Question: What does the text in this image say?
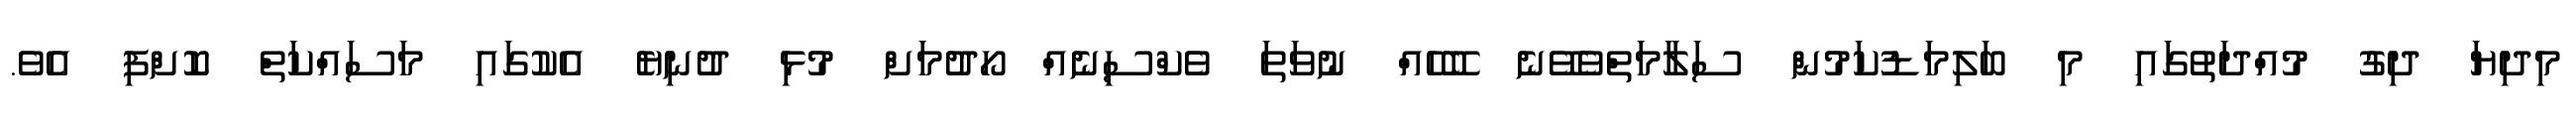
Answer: މިދިޔަ ދިގު މުއްދަތުގައި މި ބަލިމަޑުކަމުން ސަލާމަތްވެވޭނެ ބޭހެއް ނުވަތަ ވެކްސިނެއް ހޯދުމަށް މުޅި ދުނިޔެ އެކުގައި މަސައްކަތް ކޮށްފި އެވެ.